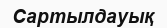
Сартылдауық